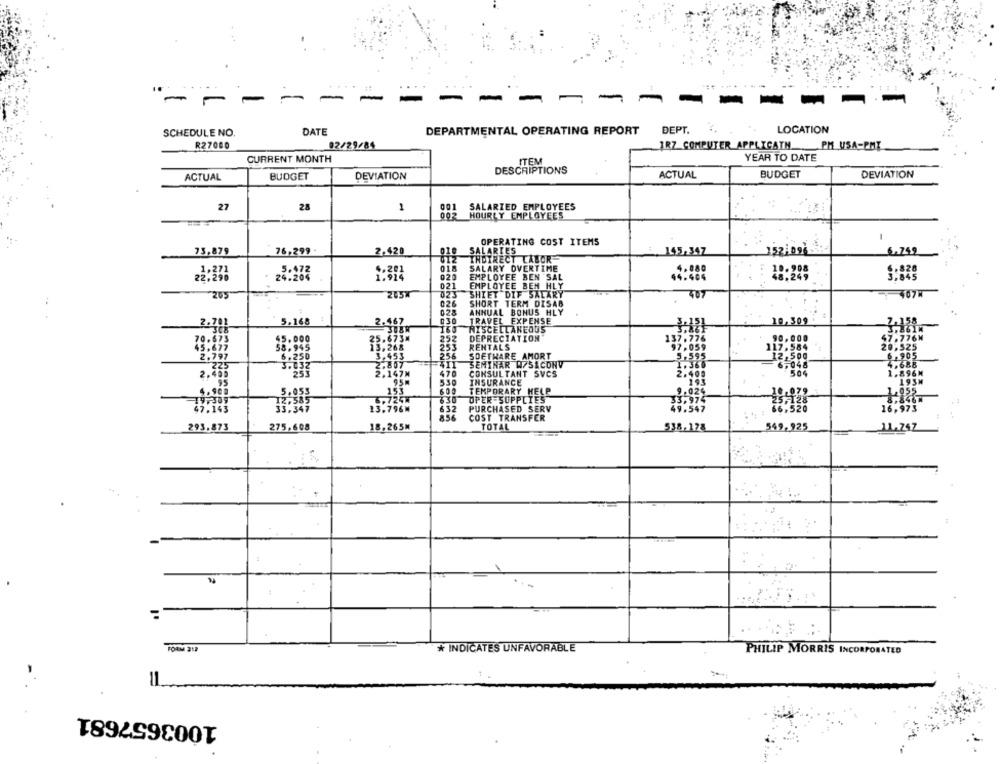
..
-
-
DATE
DEPT.
LOCATION
SCHEDULE NO.
DEPARTMENTAL OPERATING REPORT
R27000
02/29/84
1RZ COMPUTER APPLICATH PM USA-PMI
CURRENT MONTH
YEAR TO DATE
ACTUAL
BUDGET
DEVIATION
DESCRIPTIONS
ACTUAL
BUDGET
DEVIATION
27
28
1
001 SALARIED EMPLOYEES
002 HOURLY EMPLOYEES
OPERATING COST ITEMS
73,879
76,299.
2,420
010
SALARIES
145,347
6.749
INDIRECT LABOR
018
SALARY OVERTIME
28:373
020
EMPLOYEE BEN SAL
10.808
021
EMPLOYEE BEM HLY
205
023
SHIET DIF SALARY
407
026
SHORT TERM DISAB
028
ANNUAL BONUS HLY
5.168 1
030
TRAVEL EXPENSE
10,309
2.701
160
RISCELLANEOUS
252
DEPRECIATION"
90,000
.776M
15.000
137.776
97,059
253
RENTALS
117,584
20,525
3,993
256
SOETHARE AMORT
5.595
12,500
6 .905
411
SEMINAR W/S CONV
1.360
6,048
4.688
470
CONSULTANT SVCS
2.400
504
1.896M
2.46;
539
INSURANCE
193
195M
600
TEMPORARY HELP
9.024
133
OPER SUPPLIES
630
33.974
632
PURCHASED SERV
49.547
16.973
8.56
COST TRANSFER
293.873
275,608
18,265M
TOTAL
538,178
549,925
11.747
FORM 317
* INDICATES UNFAVORABLE
PHILIP MORRIS INCORPORATED
1003657681